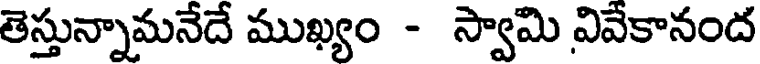
తెస్తున్నామనేదే ముఖ్యం - స్వామి వివేకానంద